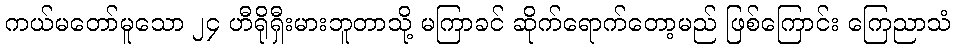
ကယ်မတော်မူသော ၂၄ ဟီရိုရှီးမားဘူတာသို့ မကြာခင် ဆိုက်ရောက်တော့မည် ဖြစ်ကြောင်း ကြေညာသံ